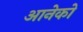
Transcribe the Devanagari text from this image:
आनेको